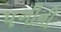
પગીની